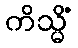
ကိသ္မိံ